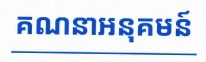
គណនាអនុគមន៍